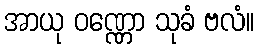
အာယု ဝဏ္ဏော သုခံ ဗလံ။